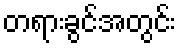
တရားခွင်အတွင်း